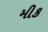
મીક